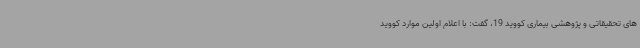
های تحقیقاتی و پژوهشی بیماری کووید 19، گفت: با اعلام اولین موارد کووید